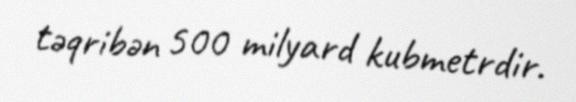
təqribən 500 milyard kubmetrdir.